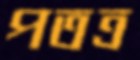
পতত্র